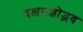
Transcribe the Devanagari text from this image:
दक्षयज्ञोद्भव